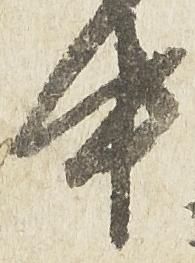
中